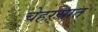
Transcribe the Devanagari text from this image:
चेहऱ्यात